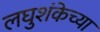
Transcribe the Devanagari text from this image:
लघुशंकेच्या